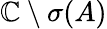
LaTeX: \mathbb{C}\setminus\sigma(A)